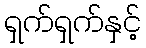
ရှက်ရှက်နှင့်